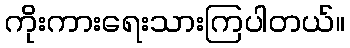
ကိုးကားရေးသားကြပါတယ်။